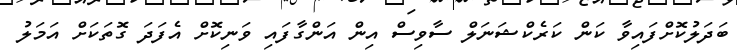
ބަދަލުކޮށްފައިވާ ކަން ކަރެކްޝަނަލް ސާވިސް އިން އަންގާފައި ވަނިކޮށް އެފަދަ ގޮތަކަށް އަމަލު